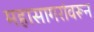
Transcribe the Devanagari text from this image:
महासागरांवरून